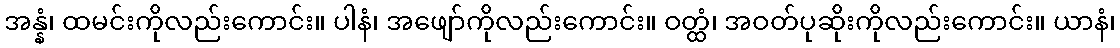
အန္နံ၊ ထမင်းကိုလည်းကောင်း။ ပါနံ၊ အဖျော်ကိုလည်းကောင်း။ ဝတ္ထံ၊ အဝတ်ပုဆိုးကိုလည်းကောင်း။ ယာနံ၊